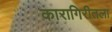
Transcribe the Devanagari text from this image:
कारागिरीतला